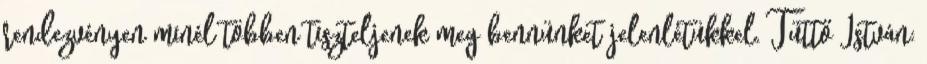
rendezvényen minél többen tiszteljenek meg bennünket jelenlétükkel. Tüttő István: